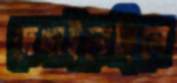
দেখাইতেছিলে